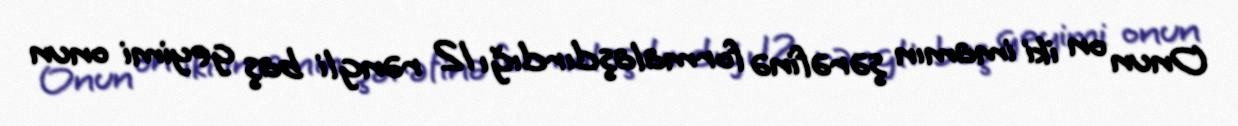
Onun on iki imamın şərəfinə formalaşdırdığı 12 rəngli baş geyimi onun